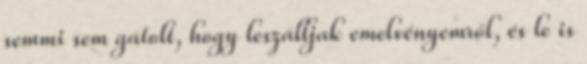
semmi sem gátolt, hogy leszálljak emelvényemről, és le is